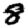
Digit: 8